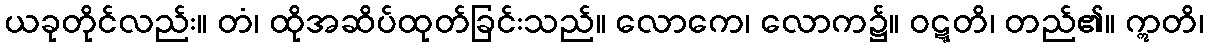
ယခုတိုင်လည်း။ တံ၊ ထိုအဆိပ်ထုတ်ခြင်းသည်။ လောကေ၊ လောက၌။ ဝဋ္ဋတိ၊ တည်၏။ ဣတိ၊